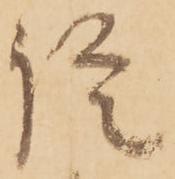
諚